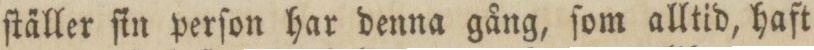
ſtäller ſin perſon har denna gång, ſom alltid, haft